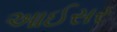
આઈસર